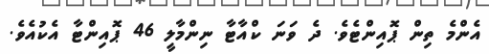
އެންމެ ތިން ޕޮއިންޓެވެ. ދެ ވަނަ ކްއާޓާ ނިންމާލީ 46 ޕޮއިންޓާ އެކުއެވެ.